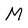
Character: M